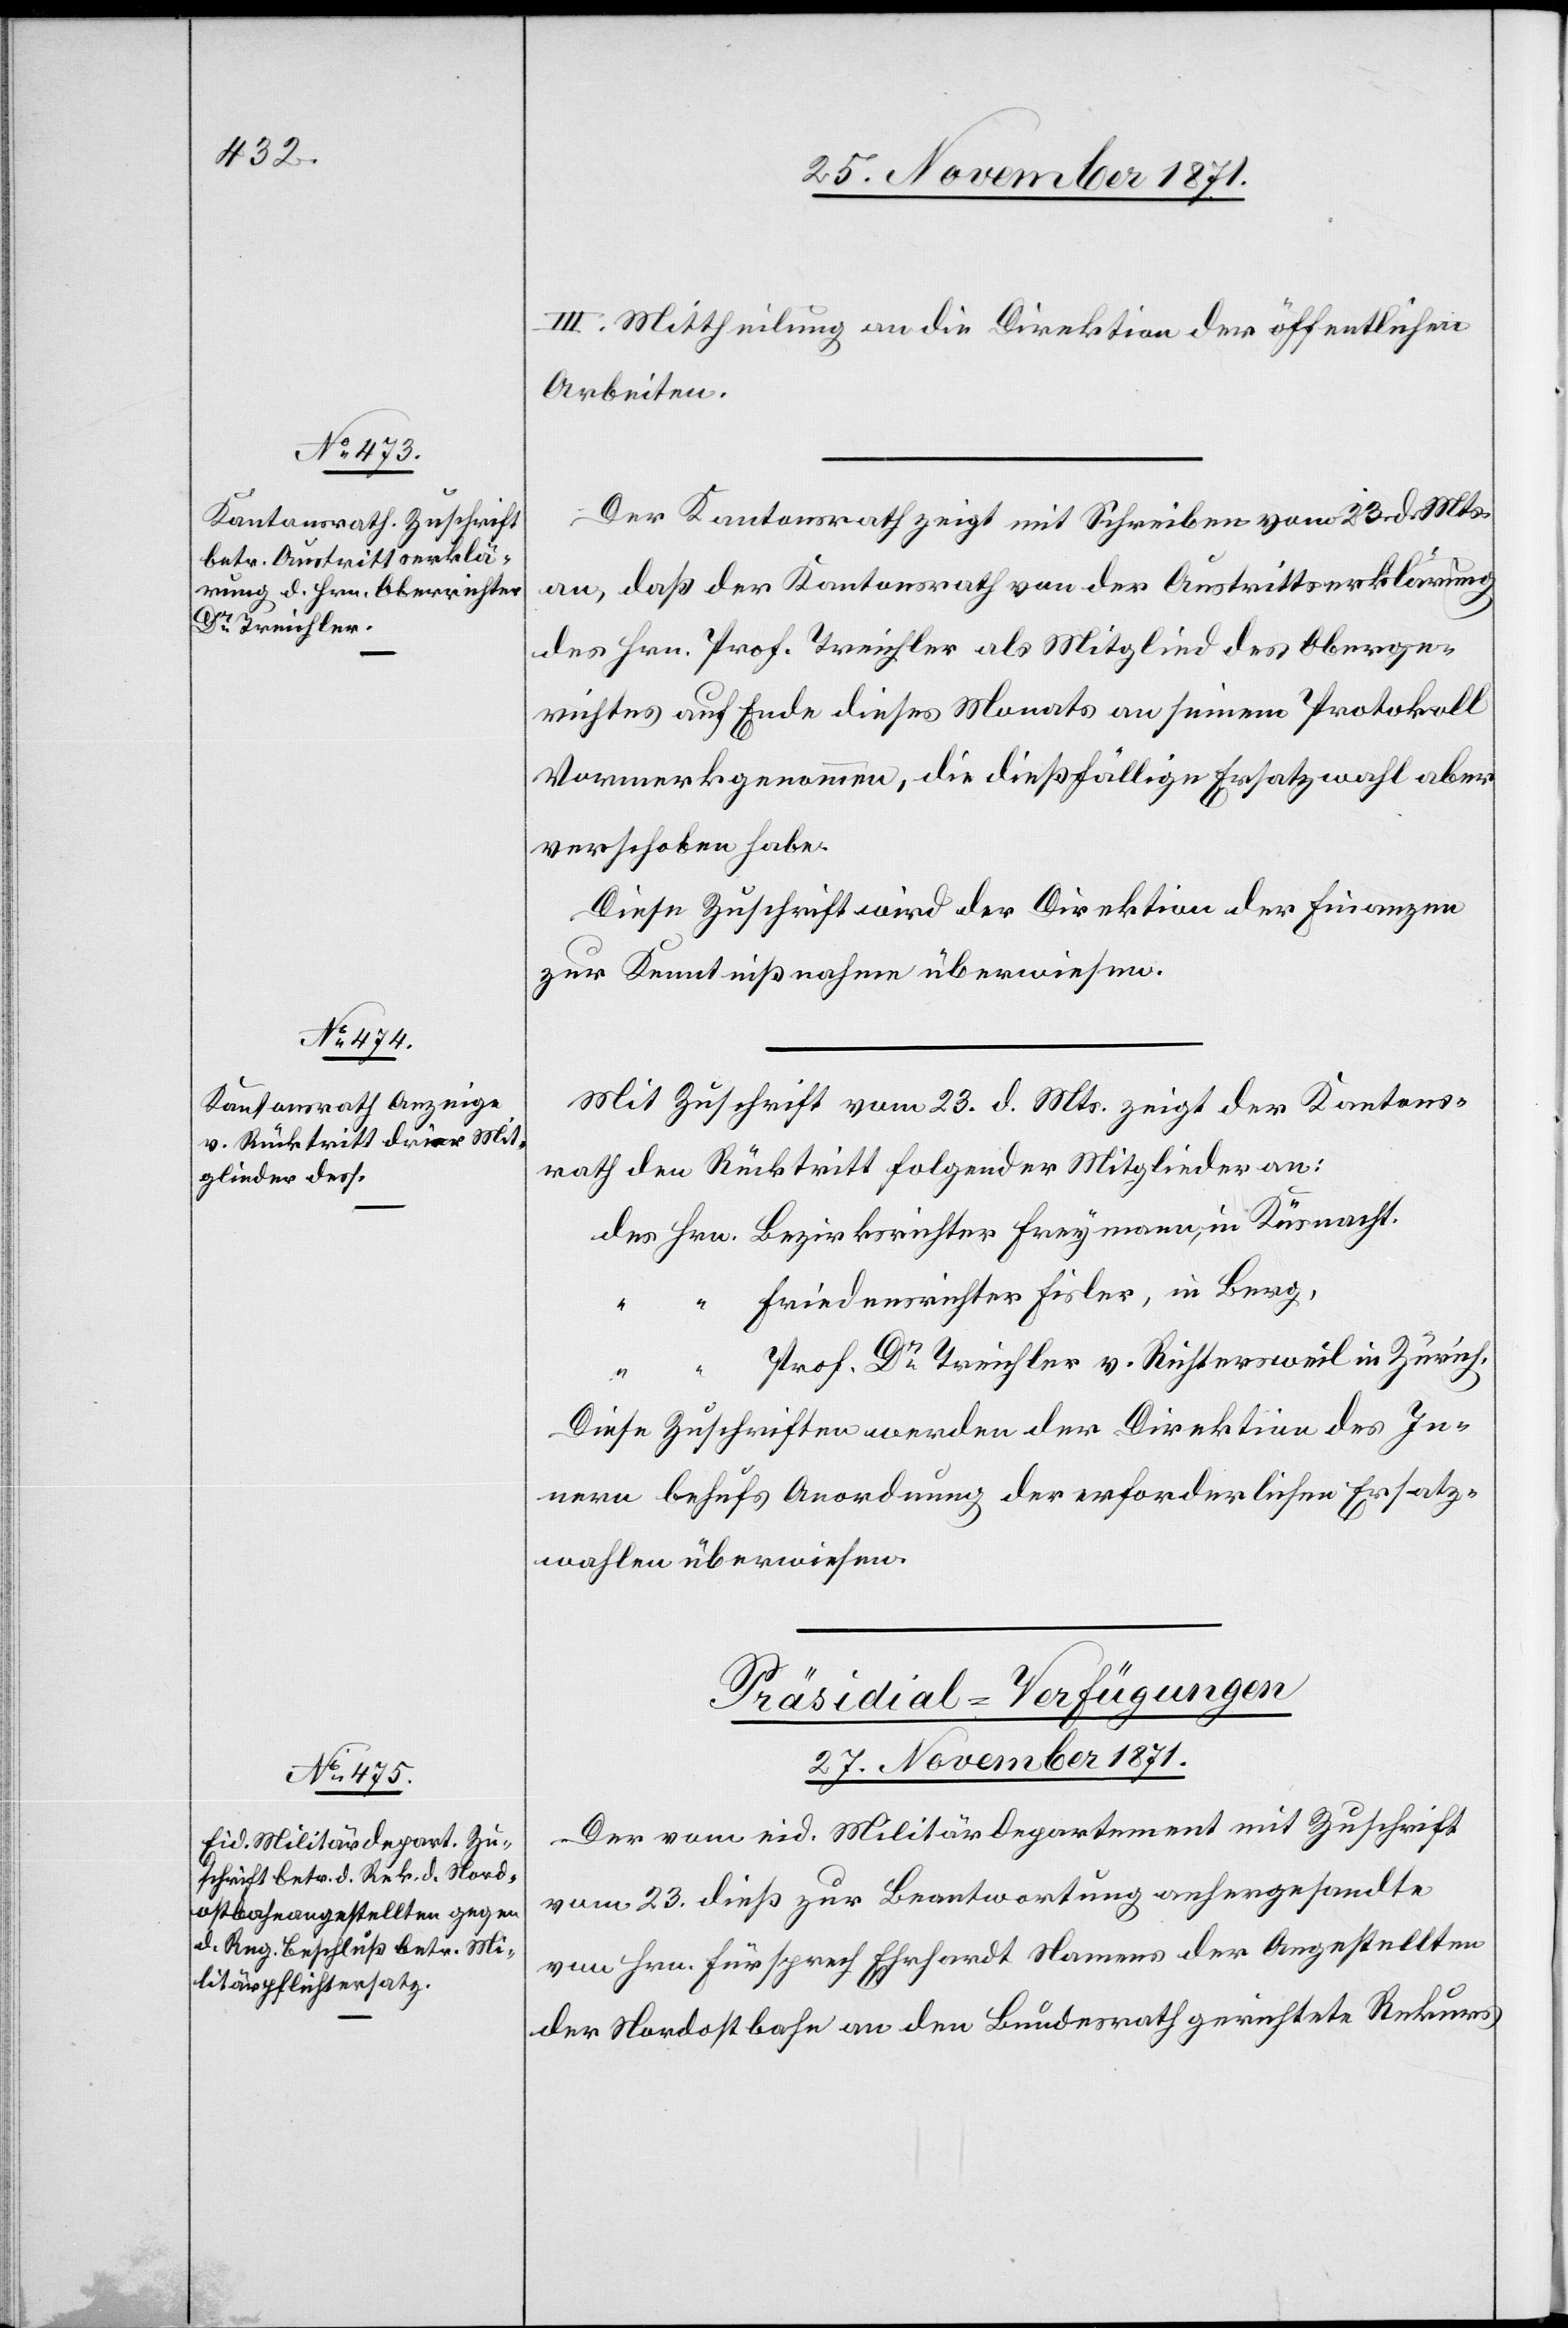
III. Mittheilung an die Direktion der öffentlichen
Arbeiten.
Der Kantonsrath zeigt mit Schreiben vom 23. d. Mts.
an, daß der Kantonsrath von der Austrittserklärung
des Hrn. Prof. Treichler als Mitglied des Oberge¬
richtes auf Ende dieses Monats an seinem Protokoll
Vormerk genommen, die dießfällige Ersatzwahl aber
verschoben habe.
Diese Zuschrift wird der Direktion der Finanzen
zur Kenntnißnahme überwiesen.
Mit Zuschrift vom 23. d. Mts. zeigt der Kantons¬
rath den Rücktritt folgender Mitglieder an:
des Hrn. Bezirksrichter Freymann, in Küsnacht.
Friedensrichter Fisler, in Berg,
Prof. Dr Treichler v. Richtersweil in Zürich.
Diese Zuschriften werden der Direktion des In¬
nern behufs Anordnung der erforderlichen Ersatz¬
wahlen überwiesen.
Präsidial-Verfügungen
27. November 1871.
Der vom eid. Militärdepartement mit Zuschrift
vom 23. dieß zur Beantwortung anhergesandte
von Hrn. Fürsprech Ehrhardt Namens der Angestellten
der Nordostbahn an den Bundesrath gerichtete Rekurs